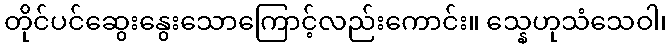
တိုင်ပင်ဆွေးနွေးသောကြောင့်လည်းကောင်း။ သ္နေဟုသံသေဝါ၊